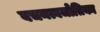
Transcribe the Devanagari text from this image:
वचनत्वजोतिका